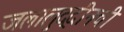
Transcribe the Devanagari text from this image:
जलालुद्दीनची